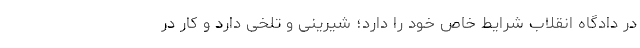
در دادگاه انقلاب شرایط خاص خود را دارد؛ شیرینی و تلخی دارد و کار در